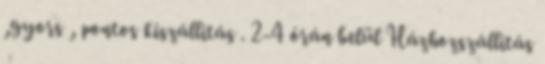
,gyors , pontos kiszállítás . 2-4 órán belül Házhozszállítás